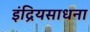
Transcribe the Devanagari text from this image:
इंद्रियसाधना